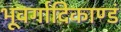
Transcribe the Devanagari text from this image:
भूवर्गादिकाण्डं